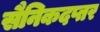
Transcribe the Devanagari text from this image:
सैनिकदप्तर